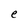
Character: e